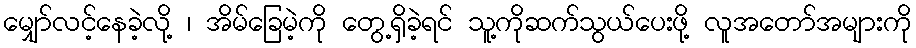
မျှော်လင့်နေခဲ့လို့ ၊ အိမ်ခြေမဲ့ကို တွေ့ရှိခဲ့ရင် သူ့ကိုဆက်သွယ်ပေးဖို့ လူအတော်အများကို